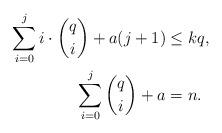
LaTeX: \begin{align*}\sum_{i=0}^{j} i \cdot \binom{q}{i} + a (j+1) &\leq kq,\\\sum_{i=0}^{j} \binom{q}{i} + a &= n.\end{align*}